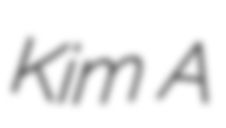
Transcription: Kim A